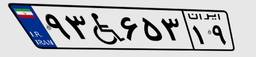
۹۳W۶۵۳۱۹